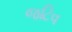
જટિવ